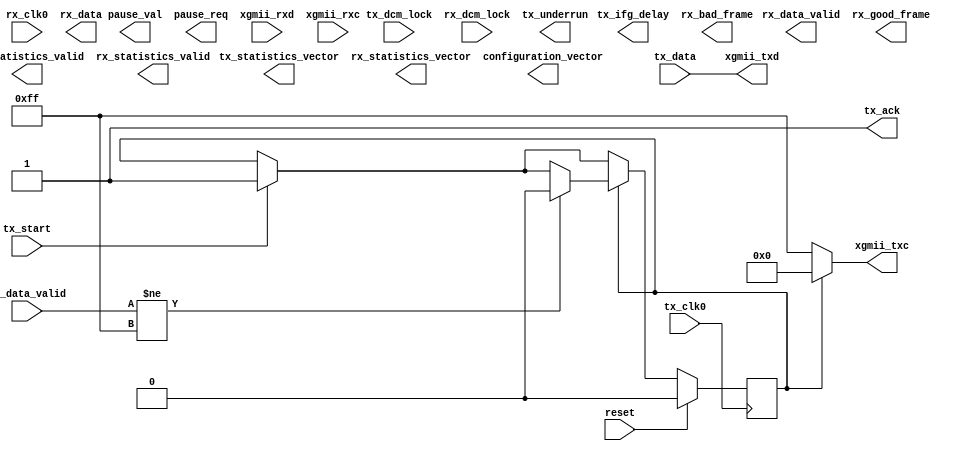
`timescale 1ns/1ps
module ten_gig_eth_mac_UCB(
    input  reset,
    input  tx_clk0,
    input  tx_dcm_lock,
    input  rx_clk0,
    input  rx_dcm_lock,
    // transmit interface
    output tx_underrun,
    input  [63:0] tx_data,
    input   [7:0] tx_data_valid,
    input  tx_start,
    output tx_ack,
    output tx_ifg_delay,
    output tx_statistics_vector,
    output tx_statistics_valid,
    // receive interface
    output [63:0] rx_data,
    output  [7:0] rx_data_valid,
    output rx_good_frame,
    output rx_bad_frame,
    output rx_statistics_vector,
    output rx_statistics_valid,
    // flow_control interface
    output pause_val,
    output pause_req,
    // configuration
    output configuration_vector,
    // phy interface
    output [63:0] xgmii_txd,
    output  [7:0] xgmii_txc,
    input  [63:0] xgmii_rxd,
    input   [7:0] xgmii_rxc            
  );
  reg start;
  assign tx_ack = 1'b1;
  always @(posedge tx_clk0) begin
    if (reset) begin
     start <= 0;
    end else begin
      if (tx_start) begin
        start <= 1'b1;
`ifdef DEBUG
        $display("mac: got start of frame");
`endif
      end
      if (start) begin
        if (tx_data_valid != 8'b1111_1111) begin
          start <= 1'b0;
`ifdef DEBUG
          $display("mac: got end of frame - %b", tx_data_valid);
`endif
        end
      end

    end
  end
  assign xgmii_txc = start ? {8{1'b0}} : {8{1'b1}};
  assign xgmii_txd = tx_data;
endmodule